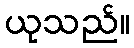
ယုသည်။